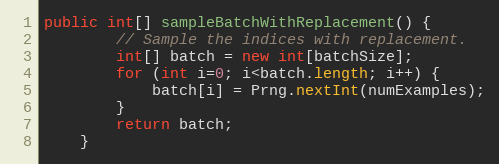
Language: Java
public int[] sampleBatchWithReplacement() {
        // Sample the indices with replacement.
        int[] batch = new int[batchSize];
        for (int i=0; i<batch.length; i++) {
            batch[i] = Prng.nextInt(numExamples);
        }
        return batch;
    }